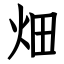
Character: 畑